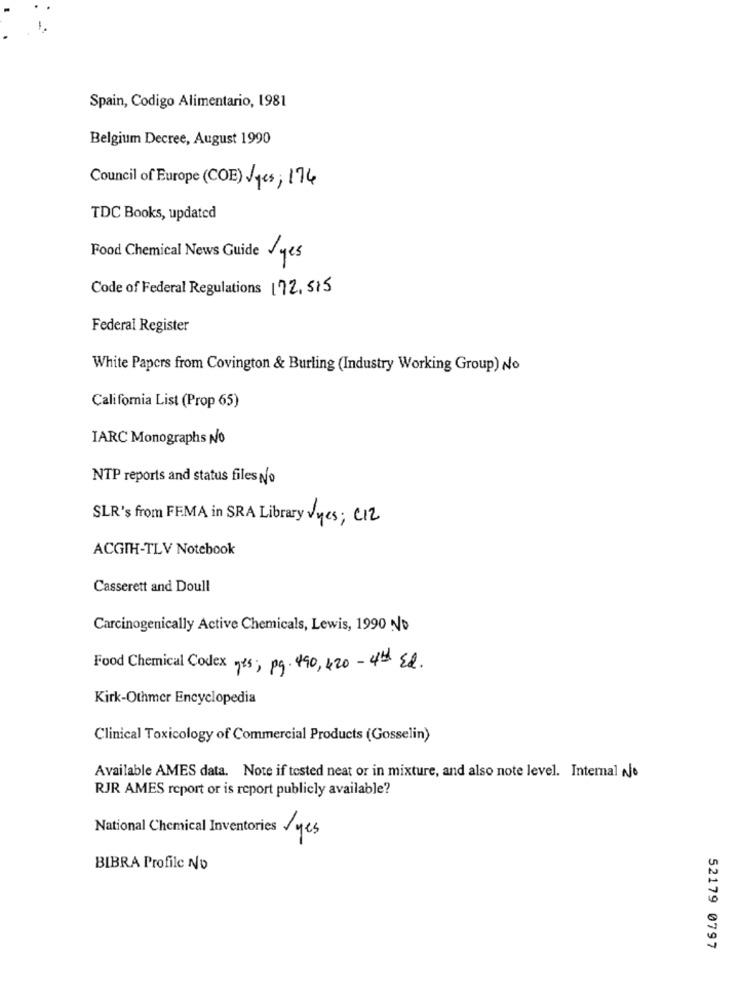
Spain, Codigo Alimentario, 1981
Belgium Decree, August 1990
Council of Europe (COE) ges; 174
TDC Books, updated
Food Chemical News Guide yes
Code of Federal Regulations 172.515
Federal Register
White Papers from Covington & Burling (Industry Working Group) No
California List (Prop 65)
IARC Monographs No
NTP reports and status files No
SLR's from FEMA in SRA Library Vyes; C12
ACGIH-TLV Notebook
Casserett and Doull
Carcinogenically Active Chemicals, Lewis, 1990 No
Food Chemical Codex yes; pg. 490, 420 - 4th Ed.
Kirk-Othmer Encyclopedia
Clinical Toxicology of Commercial Products (Gosselin)
Available AMES data. Note if tested neat or in mixture, and also note level. Internal No
RJR AMES report or is report publicly available?
National Chemical Inventories yes
BIBRA Profile No
52179 0797